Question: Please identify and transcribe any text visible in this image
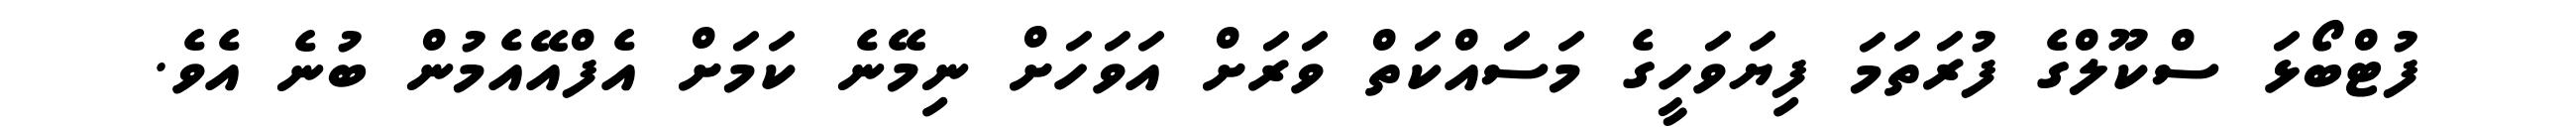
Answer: ފުޓްބޯޅަ ސްކޫލްގެ ފުރަތަމަ ފިޔަވަހީގެ މަސައްކަތް ވަރަށް އަވަހަށް ނިމޭނެ ކަމަށް އެފްއޭއެމުން ބުނެ އެވެ.